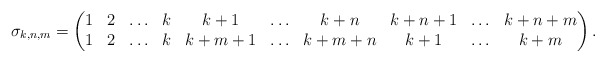
\begin{gather*}\sigma_{k,n,m} = \begin{pmatrix} 1& 2& \ldots& k& {k+1}& \ldots& {k+n}& {k+n+1}& \ldots& {k+n+m} \\1& 2& \ldots& k& {k+m+1}& \ldots& {k+m+n}& {k+1}& \ldots& {k+m} \end{pmatrix}.\end{gather*}